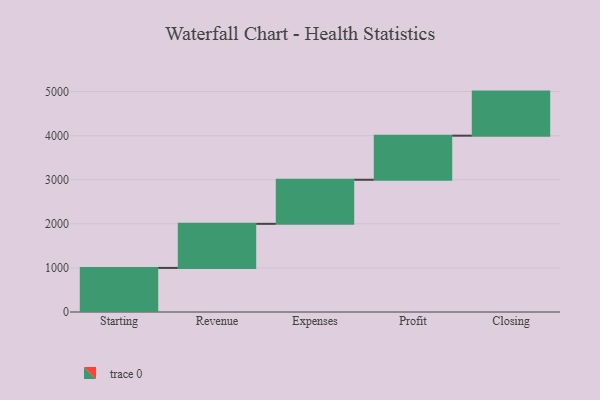
{"axis": {"x": "Step", "y": "Value"}, "legend": [""], "data": [{"x": "Starting", "y": 1000, "type": ""}, {"x": "Revenue", "y": 1000, "type": ""}, {"x": "Expenses", "y": 1000, "type": ""}, {"x": "Profit", "y": 1000, "type": ""}, {"x": "Closing", "y": 1000, "type": ""}]}